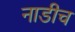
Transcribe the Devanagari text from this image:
नाडीच